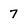
Character: 7